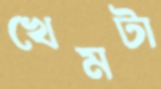
খেমটা